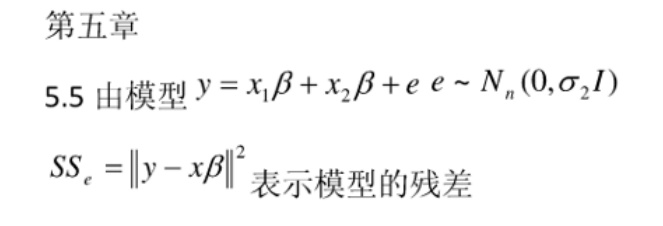
第五章

5.5 由模型 \(y = x_1\beta + x_2\beta + e\ e\sim N_n(0,\sigma_2 I)\)

\(SS_e=\|y - x\beta\|^2\) 表示模型的残差